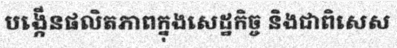
បង្កើនផលិតភាពក្នុងសេដ្ឋកិច្ច និងជាពិសេស